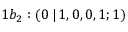
1 b _ { 2 } : ( 0 \, | \, 1 , 0 , 0 , 1 ; 1 )